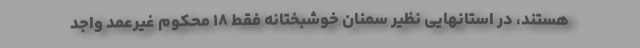
هستند، در استانهایی نظیر سمنان خوشبختانه فقط ۱۸ محکوم غیرعمد واجد